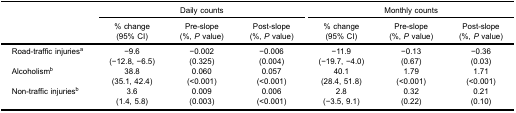
<table><thead><tr><td rowspan="3"><b> </b></td><td colspan="3"><b>Daily counts</b></td><td colspan="3"><b>Monthly counts</b></td></tr><tr><td><b>% change(95% CI)</b></td><td><b>Pre-slope(%, <i>P</i> value)</b></td><td><b>Post-slope(%, <i>P</i> value)</b></td><td><b>% change(95% CI)</b></td><td><b>Pre-slope(%, <i>P</i> value)</b></td><td><b>Post-slope(%, <i>P</i> value)</b></td></tr></thead><tbody><tr><td>Road-traffic injuries<sup>a</sup></td><td>−9.6(−12.8, −6.5)</td><td>−0.002(0.325)</td><td>−0.006(0.004)</td><td>−11.9(−19.7, −4.0)</td><td>−0.13(0.67)</td><td>−0.36(0.03)</td></tr><tr><td>Alcoholism<sup>b</sup></td><td>38.8(35.1, 42.4)</td><td>0.060(&lt;0.001)</td><td>0.057(&lt;0.001)</td><td>40.1(28.4, 51.8)</td><td>1.79(&lt;0.001)</td><td>1.71(&lt;0.001)</td></tr><tr><td>Non-traffic injuries<sup>b</sup></td><td>3.6(1.4, 5.8)</td><td>0.009(0.003)</td><td>0.006(&lt;0.001)</td><td>2.8(−3.5, 9.1)</td><td>0.32(0.22)</td><td>0.21(0.10)</td></tr></tbody></table>